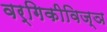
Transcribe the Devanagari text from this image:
वर्गिकीविज्ञ